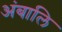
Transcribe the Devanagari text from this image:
अंबालि